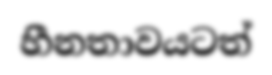
හීනතාවයටත්